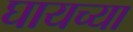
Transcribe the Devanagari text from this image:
घायच्या